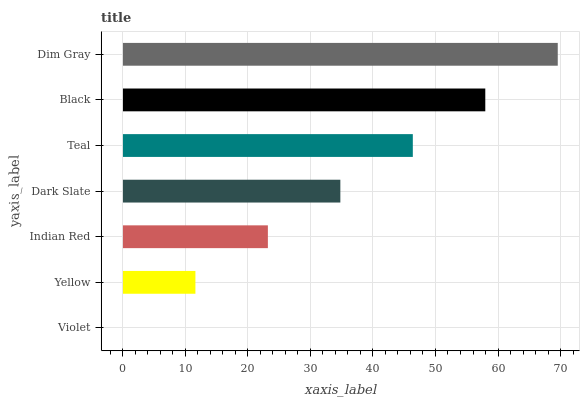
| yaxis_label | bars |
 | --- | --- |
 | Violet | 0 |
 | Yellow | 11.6 |
 | Indian Red | 23.2 |
 | Dark Slate | 34.8 |
 | Teal | 46.4 |
 | Black | 58 |
 | Dim Gray | 69.6 |